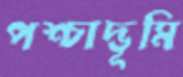
পশ্চাদ্ভূমি